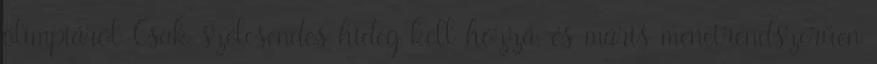
olimpiáról Csak szélcsendes hideg kell hozzá, és máris menetrendszerűen